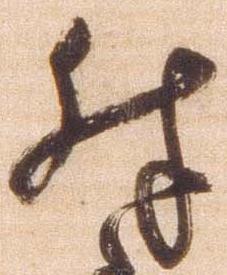
殊